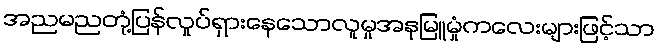
အညမညတုံ့ပြန်လှုပ်ရှားနေသောလူမှုအနုမြူမှုံကလေးများဖြင့်သာ